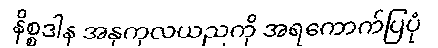
နိစ္စဒါန အနုကုလယညကို အရကောက်ပြပုံ